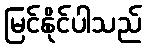
မြင်နိုင်ပါသည်